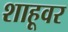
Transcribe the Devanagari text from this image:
शाहूवर